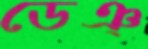
ডেঞ্